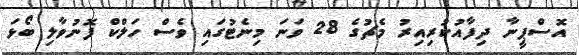
އޮސްޕީނާ ދިފާއުކުރިއިރު މެޗުގެ 28 ވަނަ މިނެޓުގައި ވެސް ހަލްކް ފޮނުވާލި ބޯޅަ